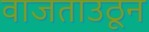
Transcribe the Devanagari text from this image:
वाजताउठून